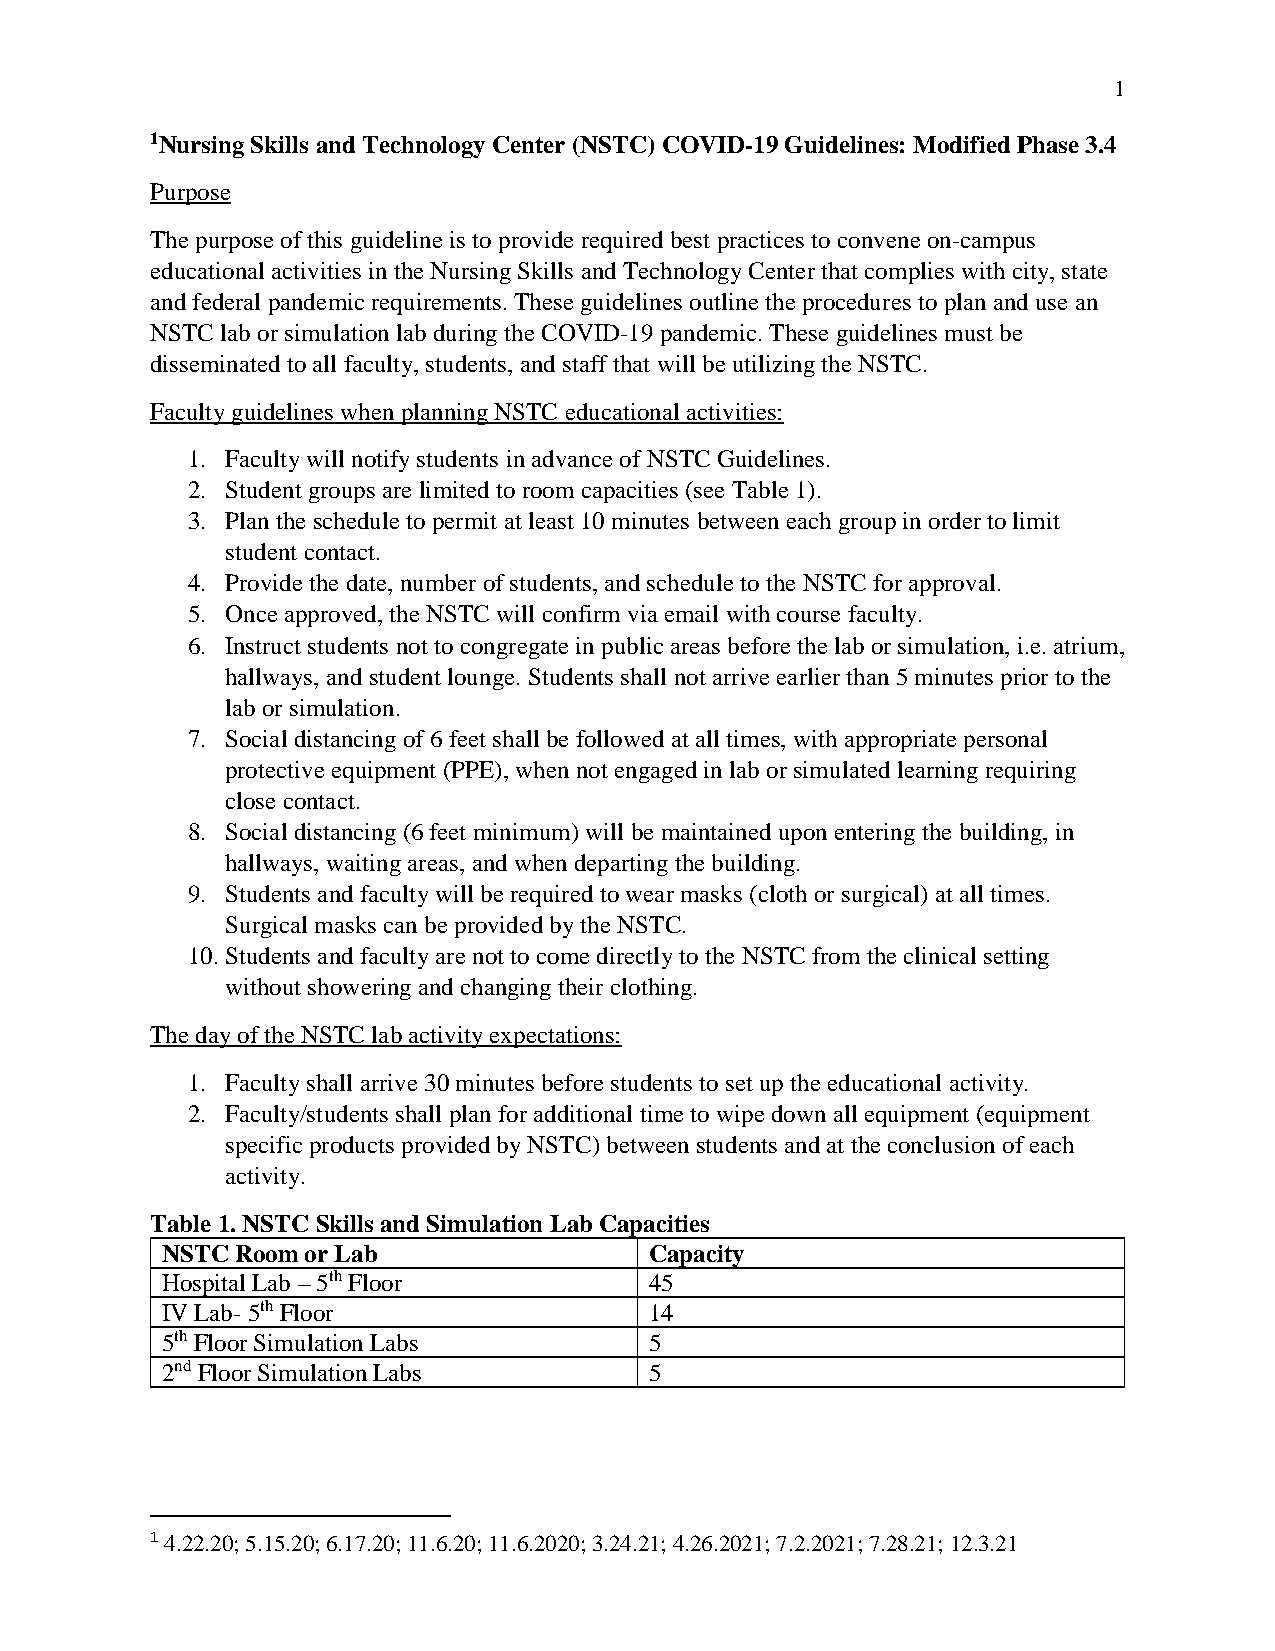
1
 1Nursing Skills and Technology Center (NSTC) COVID-19 Guidelines: Modified Phase 3.4
 Purpose
 The purpose of this guideline is to provide required best practices to convene on-campus
 educational activities in the Nursing Skills and Technology Center that complies with city, state
 and federal pandemic requirements. These guidelines outline the procedures to plan and use an
 NSTC lab or simulation lab during the COVID-19 pandemic. These guidelines must be
 disseminated to all faculty, students, and staff that will be utilizing the NSTC.
 Faculty guidelines when planning NSTC educational activities:
 1. Faculty will notify students in advance of NSTC Guidelines.
 2. Student groups are limited to room capacities (see Table 1).
 3. Plan the schedule to permit at least 10 minutes between each group in order to limit
 student contact.
 4. Provide the date, number of students, and schedule to the NSTC for approval.
 5. Once approved, the NSTC will confirm via email with course faculty.
 6. Instruct students not to congregate in public areas before the lab or simulation, i.e. atrium,
 hallways, and student lounge. Students shall not arrive earlier than 5 minutes prior to the
 lab or simulation.
 7. Social distancing of 6 feet shall be followed at all times, with appropriate personal
 protective equipment (PPE), when not engaged in lab or simulated learning requiring
 close contact.
 8. Social distancing (6 feet minimum) will be maintained upon entering the building, in
 hallways, waiting areas, and when departing the building.
 9. Students and faculty will be required to wear masks (cloth or surgical) at all times.
 Surgical masks can be provided by the NSTC.
 10. Students and faculty are not to come directly to the NSTC from the clinical setting
 without showering and changing their clothing.
 The day of the NSTC lab activity expectations:
 1. Faculty shall arrive 30 minutes before students to set up the educational activity.
 2. Faculty/students shall plan for additional time to wipe down all equipment (equipment
 specific products provided by NSTC) between students and at the conclusion of each
 activity.
 Table 1. NSTC Skills and Simulation Lab Capacities
 NSTC Room or Lab                Capacity
 Hospital Lab – 5th Floor        45
 IV Lab- 5th Floor               14
 5th Floor Simulation Labs       5
 2nd Floor Simulation Labs       5
 1 4.22.20; 5.15.20; 6.17.20; 11.6.20; 11.6.2020; 3.24.21; 4.26.2021; 7.2.2021; 7.28.21; 12.3.21